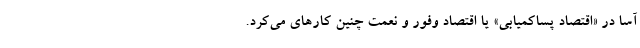
آسا در «اقتصاد پساکمیابی» یا اقتصاد وفور و نعمت چنین کارهای می‌کرد.